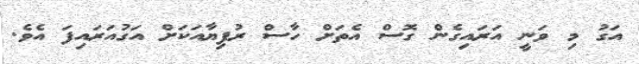
އަގު މި ވަނީ އަރައިގެން ގޮސް އެތަށް ހާސް ރުފިޔާއަކަށް އަގުއަރައިފަ އެވެ.